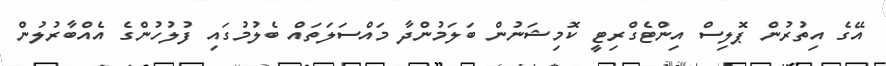
އޭގެ އިތުރުން ޕޮލިސް އިންޓެގްރިޓީ ކޮމިިޝަނުން ބަލަމުންދާ މައްސަލަތައް ބެލުމުގައި ފުލުހުންގެ އެއްބާރުލުން